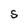
Character: S